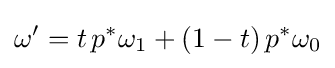
\omega '=t\,p^{*}\omega _{1}+(1-t)\,p^{*}\omega _{0}